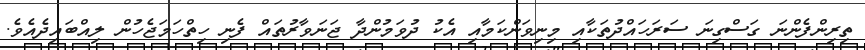
ތިރިންފެންނަ ގަސްގިނަ ސަރަހައްދުތަކާއި މިނިވަންކަމާއި އެކު ދުވަމުންދާ ޖަނަވާރުތައް ފެނި ހިތްހަމަޖެހުން ލިއްބައިދެއެވެ.